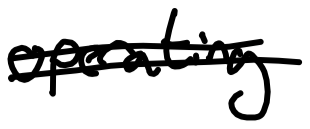
Text: operating
Cross-out: double-line
Writing tool: digital_black